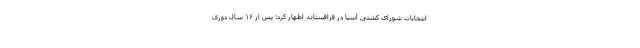
انتخابات شورای کشتی آسیا در قزاقستان، اظهار کرد: پس از ۱۶ سال دوری